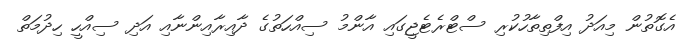
އެގޮތުން މިއަދު އިފްތިތާހުކުރި ސްޓްރެޓެޖީގައި އާންމު ސިއްހަތުގެ ދާއިރާއިންނާއި އަދި ސިއްހީ ހިދުމަތް